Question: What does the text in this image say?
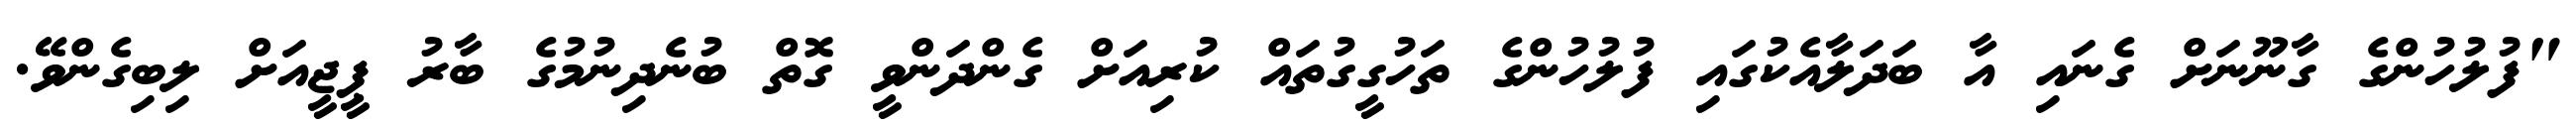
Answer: "ފުލުހުންގެ ގާނޫނަށް ގެނައި އާ ބަދަލާއެކުގައި ފުލުހުންގެ ތަހުގީގުތައް ކުރިއަށް ގެންދަންވީ ގޮތް ބުނެދިނުމުގެ ބާރު ޕީޖީއަށް ލިބިގެންވޭ.